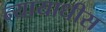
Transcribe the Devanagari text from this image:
न्यायाधीस